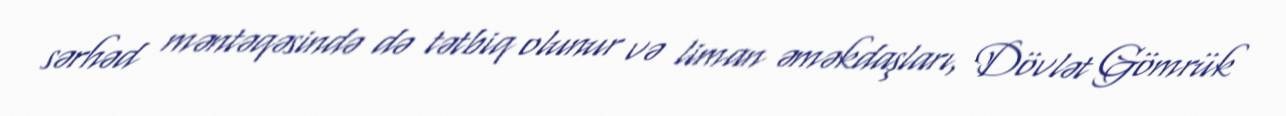
sərhəd məntəqəsində də tətbiq olunur və liman əməkdaşları, Dövlət Gömrük